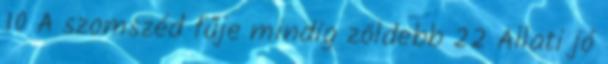
10 A szomszéd fűje mindig zöldebb 22 Állati jó